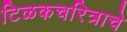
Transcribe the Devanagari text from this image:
टिळकचरित्राचे